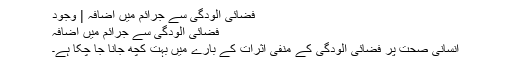
فضائی آلودگی سے جرائم میں اضافہ | وجود
فضائی آلودگی سے جرائم میں اضافہ
انسانی صحت پر فضائی آلودگی کے منفی اثرات کے بارے میں بہت کچھ جانا جا چکا ہے۔